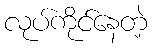
လုပ်ကိုင်နေတဲ့